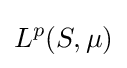
L^{p}(S,\mu )